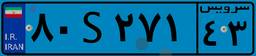
۴۱S۱۴۷۲۵